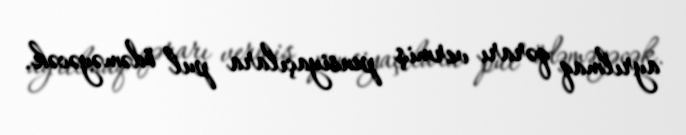
ayrılmaq qərarı vermiş pensiyaçılara pul ödəməyəcək.